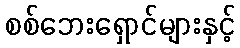
စစ်ဘေးရှောင်များနှင့်